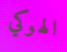
الهوكي